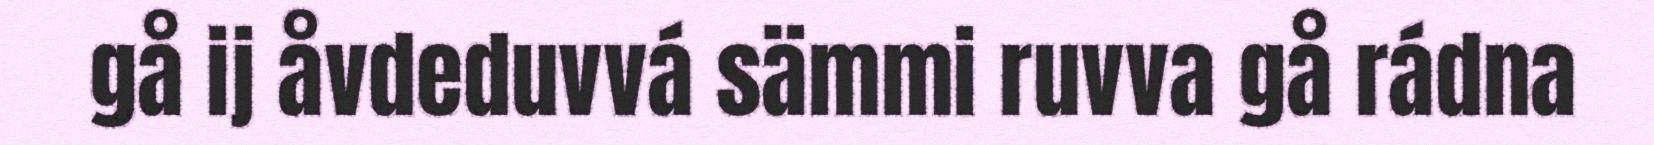
gå ij åvdeduvvá sämmi ruvva gå rádna